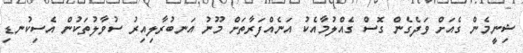
ޝިނީމެން ގެއަށް ވަދެގެން ގޮސް ގެއްލުމާއެކު އަނެއްފަރާތަށް މޫނު އަނބުރާލިއިރު ސުވާލުތަކުން އެސިކުނޑި